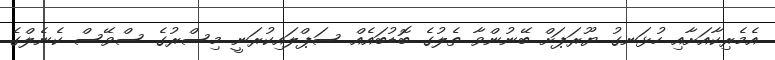
އެމެރިކާއަށާއި ހުޅަނގު ޔޫރަޕަށް ބޭނުންވާ ތެލުގެ ބޮޑުބައެއް ސަޕްލައިކުރަނީ މިސްރުގެ ސްވޭސް ކެނެލްގެ